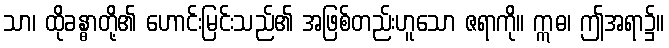
သာ၊ ထိုခန္ဓာတို့၏ ဟောင်းမြင်းသည်၏ အဖြစ်တည်းဟူသော ဇရာကို။ ဣဓ၊ ဤအရာ၌။